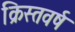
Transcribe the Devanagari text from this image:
क्रिस्तवर्ष